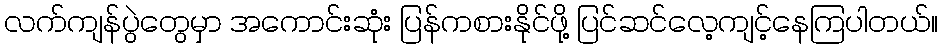
လက်ကျန်ပွဲတွေမှာ အကောင်းဆုံး ပြန်ကစားနိုင်ဖို့ ပြင်ဆင်လေ့ကျင့်နေကြပါတယ်။